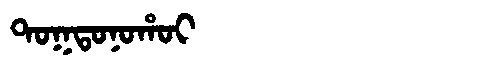
Manchu: ᡨᠣᡴᡨᠣᠨᠣᡥᠣᡳ
Romanization: TOKTONOHOI